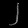
Digit: ၂